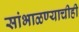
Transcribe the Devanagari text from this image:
सांभाळण्याचीही